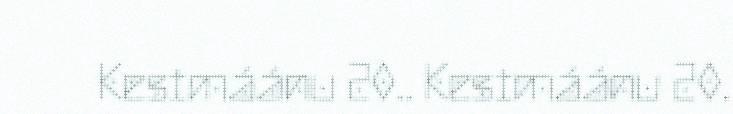
Kesimáánu 20.. Kesimáánu 20.